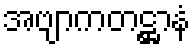
အဗျာကတဋ္ဌာနံ